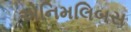
એનિમલિબસ